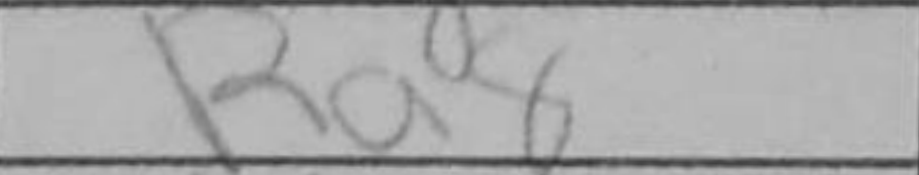
Transcription: Ra8